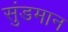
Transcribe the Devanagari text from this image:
सुंडमान